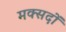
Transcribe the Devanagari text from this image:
मक्सदों